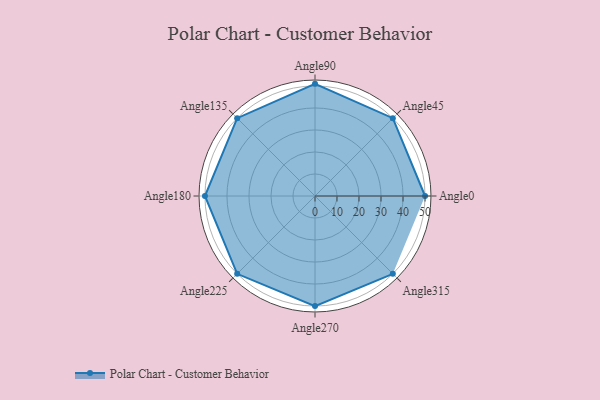
{"axis": {"x": "Angle", "y": "Radius"}, "legend": [""], "data": [{"x": "Angle0", "y": 50, "type": ""}, {"x": "Angle45", "y": 50, "type": ""}, {"x": "Angle90", "y": 51.0, "type": ""}, {"x": "Angle135", "y": 50, "type": ""}, {"x": "Angle180", "y": 50, "type": ""}, {"x": "Angle225", "y": 50, "type": ""}, {"x": "Angle270", "y": 50, "type": ""}, {"x": "Angle315", "y": 50, "type": ""}]}